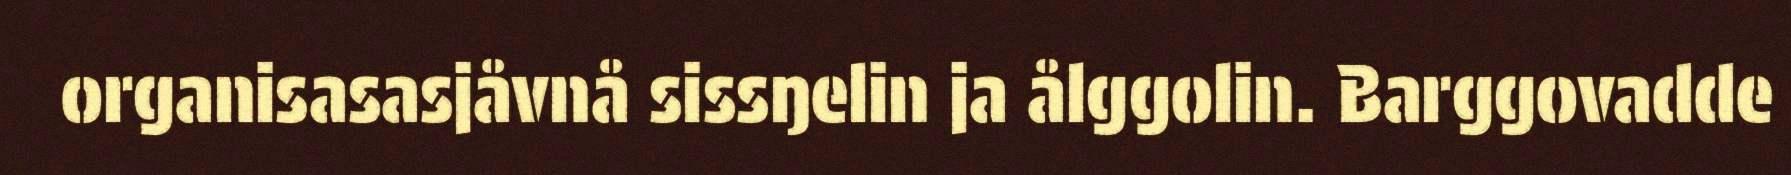
organisasasjåvnå sissŋelin ja ålggolin. Barggovadde